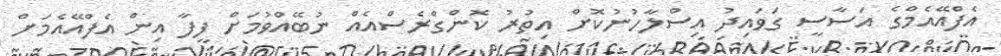
އެފްއޭއެމްގެ އަސާސީ ގަވައިދު އިސްލާހުނުކޮށް އިތުރު ކޮންގްރެސްއެއް ނުބޭއްވުމަށް ފީފާ އިން އެފްއޭއެމަށް